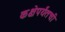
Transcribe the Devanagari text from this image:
कक्षेपर्यंतची